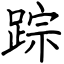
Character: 踪